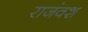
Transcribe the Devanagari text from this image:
राजंवश